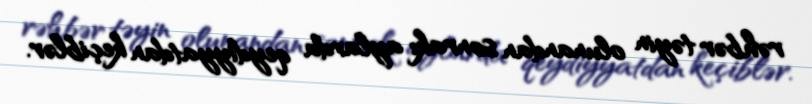
rəhbər təyin olunandan sonrakı aylarda qeydiyyatdan keçiblər.